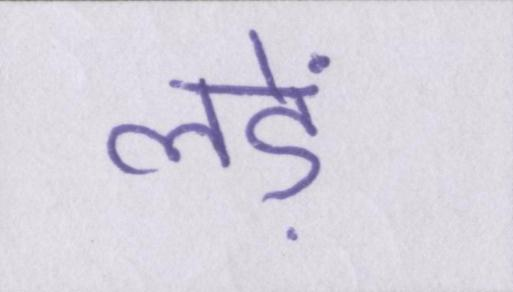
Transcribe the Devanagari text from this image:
लड़ें